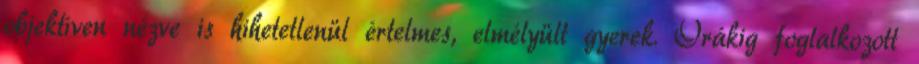
objektíven nézve is hihetetlenül értelmes, elmélyült gyerek. Órákig foglalkozott